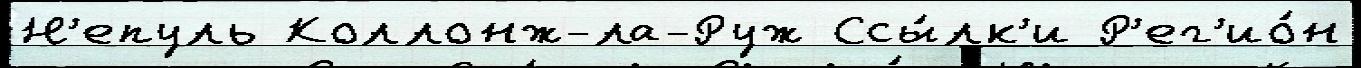
Н'епуль Коллонж-ла-Руж Ссы́лк'и Р'ег'ио́н